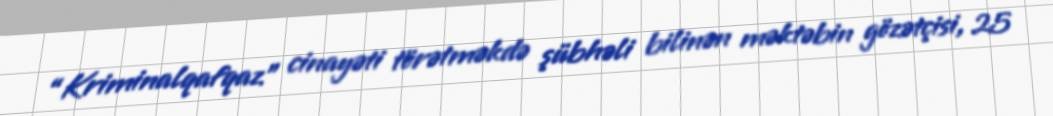
“Kriminalqafqaz” cinayəti törətməkdə şübhəli bilinən məktəbin gözətçisi, 25